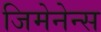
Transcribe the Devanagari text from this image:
जिमेनेन्स